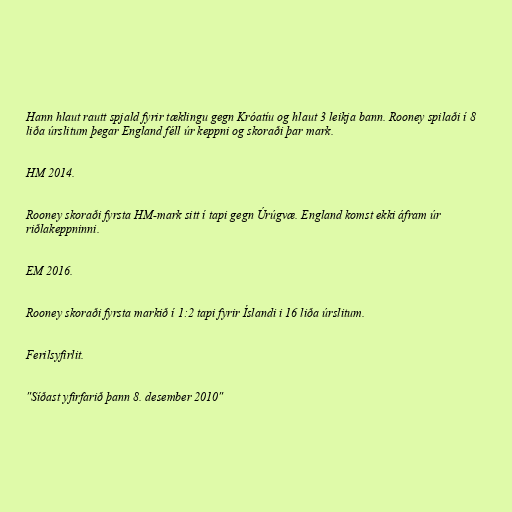
Hann hlaut rautt spjald fyrir tæklingu gegn Króatíu og hlaut 3 leikja bann. Rooney spilaði í 8
liða úrslitum þegar England féll úr keppni og skoraði þar mark.

HM 2014.

Rooney skoraði fyrsta HM-mark sitt í tapi gegn Úrúgvæ. England komst ekki áfram úr
riðlakeppninni.

EM 2016.

Rooney skoraði fyrsta markið í 1:2 tapi fyrir Íslandi i 16 liða úrslitum.

Ferilsyfirlit.

"Síðast yfirfarið þann 8. desember 2010"